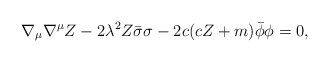
\begin{align*}\nabla_\mu \nabla ^\mu Z-2\lambda ^2 Z\bar{\sigma}\sigma - 2c(cZ+m)\bar\phi \phi =0,\end{align*}